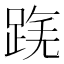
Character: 𨂟